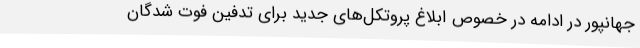
جهانپور در ادامه در خصوص ابلاغ پروتکل‌های جدید برای تدفین فوت شدگان